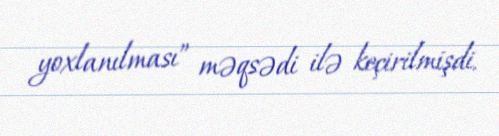
yoxlanılması” məqsədi ilə keçirilmişdi.